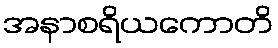
အနာစရိယကောတိ